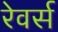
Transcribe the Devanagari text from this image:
रेवर्स